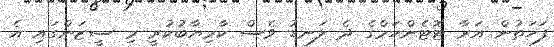
ފަހަތުން އަރާ ޓޮޓެންހަމްގެ ދެ ލަނޑު ވެސް ކާމިޔާބުކުރީ މި ސީޒަންގައި އެ